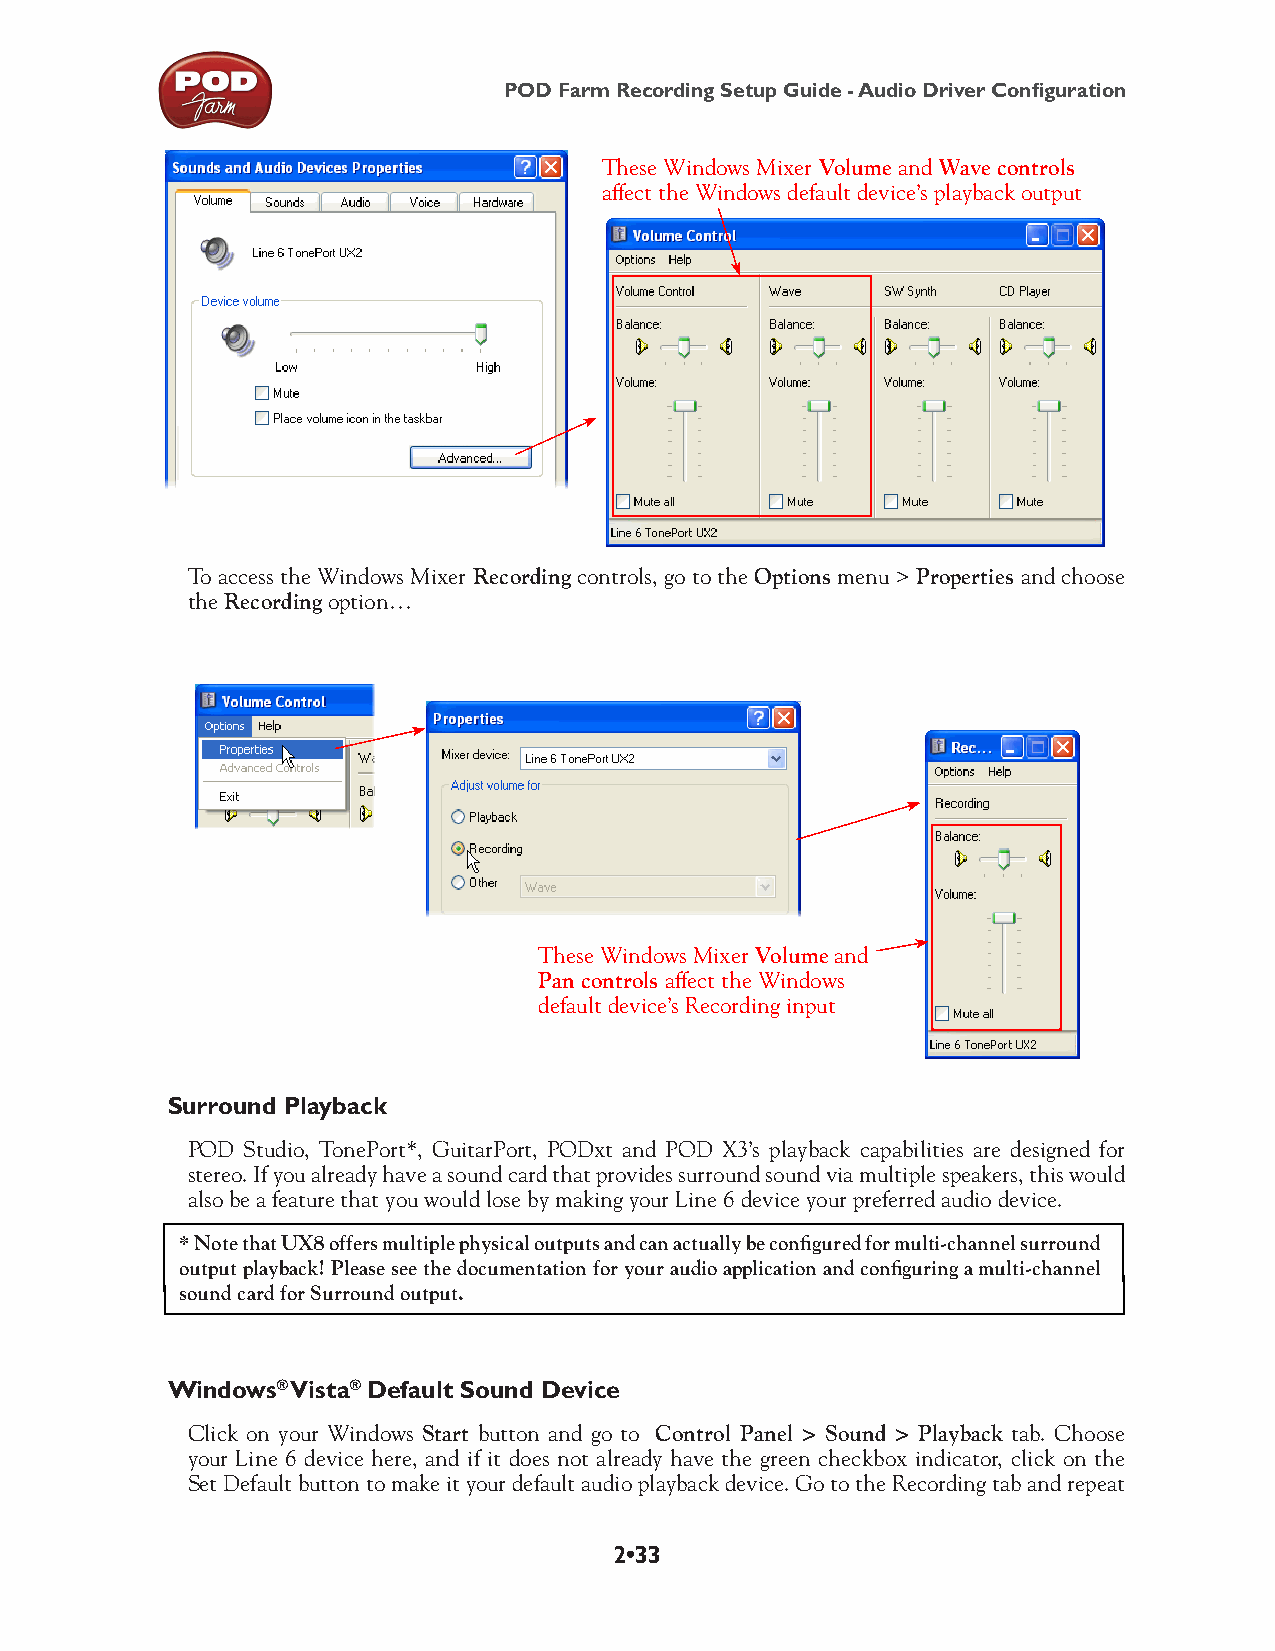
POD Farm Recording Setup Guide - Audio Driver Configuration
 These Windows Mixer Volume and Wave controls
 affect the Windows default device’s playback output
 To access the Windows Mixer Recording controls, go to the Options menu > Properties and choose
 the Recording option…
 These Windows Mixer Volume and
 Pan controls affect the Windows
 default device’s Recording input
 Surround Playback
 POD Studio, TonePort*, GuitarPort, PODxt and POD X3’s playback capabilities are designed for
 stereo. If you already have a sound card that provides surround sound via multiple speakers, this would
 also be a feature that you would lose by making your Line 6 device your preferred audio device.
 * Note that UX8 offers multiple physical outputs and can actually be configured for multi-channel surround
 output playback! Please see the documentation for your audio application and configuring a multi-channel
 sound card for Surround output.
 Windows® Vista® Default Sound Device
 Click on your Windows Start button and go to Control Panel > Sound > Playback tab. Choose
 your Line 6 device here, and if it does not already have the green checkbox indicator, click on the
 Set Default button to make it your default audio playback device. Go to the Recording tab and repeat
 2•33